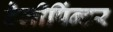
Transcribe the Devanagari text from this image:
टेलीपिंन्टर